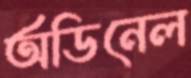
অডিনেল